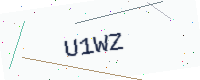
Text: U1WZ